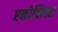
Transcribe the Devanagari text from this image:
एकोनिक्स